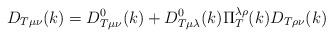
LaTeX: \begin{align*}D_{T\mu \nu }(k)=D_{T\mu \nu }^0(k)+D_{T\mu \lambda }^0(k)\Pi _T^{\lambda\rho }(k)D_{T\rho \nu }(k)\end{align*}